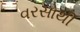
વરસોથી